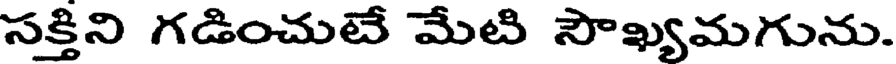
సక్తిని గడించుటే మేటి సౌఖ్యమగును.